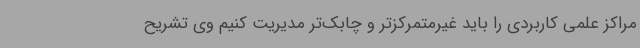
مراکز علمی کاربردی را باید غیرمتمرکزتر و چابک‌تر مدیریت کنیم وی تشریح